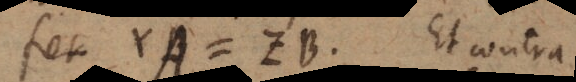
fiet YA = ZB. Et contra